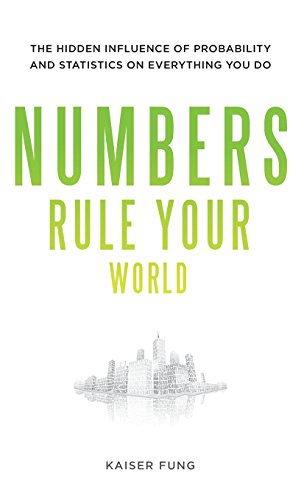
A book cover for Numbers Rule Your World: The Hidden Influence of Probabilities and Statistics on Everything You Do; Kaiser Fung; Business & Money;